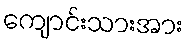
ကျောင်းသားအား